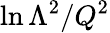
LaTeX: \ln\Lambda^{2}/Q^{2}